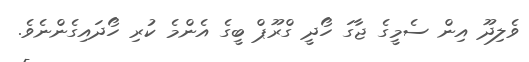
ވެލިދޫ އިން ސެމީގެ ޖާގަ ހޯދީ ގްރޫޕް ބީގެ އެންމެ ކުރި ހޯދައިގެންނެވެ.